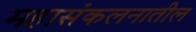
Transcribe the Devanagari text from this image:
महासंकलनातील